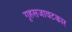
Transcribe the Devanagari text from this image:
गृहसजावटकार